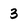
Character: 3